Indian journal of veterinary science and animal husbandry - Volumes 26-27, 1956-1957
Year: 1956
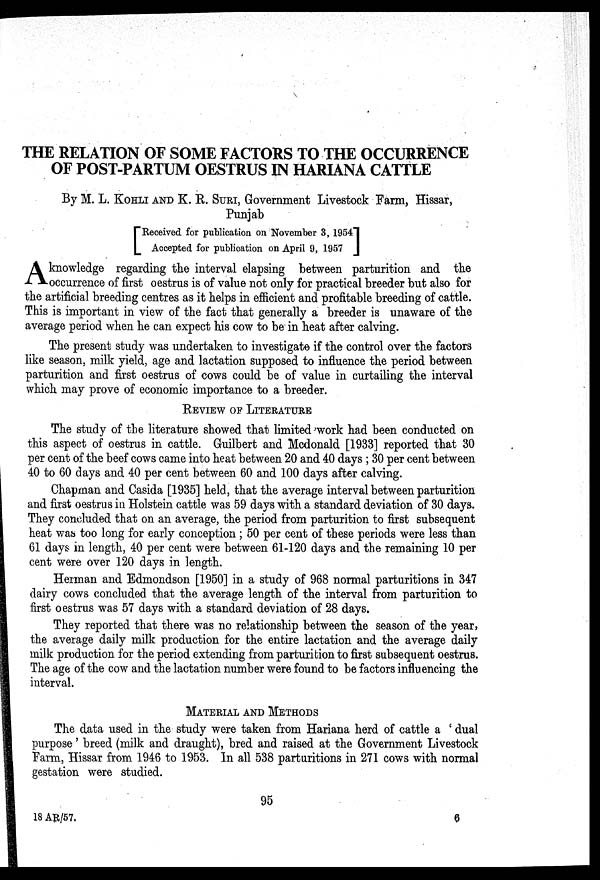
THE RELATION OF SOME FACTORS TO THE OCCURRENCE
OF POST-PARTUM OESTRUS IN HARIANA CATTLE
By M. L. KOHLI AND K. R. SURI, Government Livestock Farm, Hissar,
Punjab
[Received for publication on November 3, 1954
Accepted for publication on April 9,
1957]
A knowledge regarding the interval elapsing between parturition and the
occurrence of first oestrus is of value not only for practical breeder but also for
the artificial breeding centres as it helps in efficient and profitable breeding of cattle.
This is important in view of the fact that generally a breeder is unaware of the
average period when he can expect his cow to be in heat after calving.
The present study was undertaken to investigate if the control over the factors
like season, milk yield, age and lactation supposed to influence the period between
parturition and first oestrus of cows could be of value in curtailing the interval
which may prove of economic importance to a breeder.
REVIEW OF LITERATURE
The study of the literature showed that limited work had been conducted on
this aspect of oestrus in cattle. Guilbert and Mcdonald [1933] reported that 30
per cent of the beef cows came into heat between 20 and 40 days ; 30 per cent between
40 to 60 days and 40 per cent between 60 and 100 days after calving.
Chapman and Casida [1935] held, that the average interval between parturition
and first oestrus in Holstein cattle was 59 days with a standard deviation of 30 days.
They concluded that on an average, the period from parturition to first subsequent
heat was too long for early conception ; 50 per cent of these periods were less than
61 days in length, 40 per cent were between 61-120 days and the remaining 10 per
cent were over 120 days in length.
Herman and Edmondson [1950] in a study of 968 normal parturitions in 347
dairy cows concluded that the average length of the interval from parturition to
first oestrus was 57 days with a standard deviation of 28 days.
They reported that there was no relationship between the season of the year,
the average daily milk production for the entire lactation and the average daily
milk production for the period extending from parturition to first subsequent oestrus.
The age of the cow and the lactation number were found to be factors influencing the
interval.
MATERIAL AND METHODS The data used in the study were taken from Hari
purpose' breed (milk and draught), bred and raised at the Government Livestock
Farm, Hissar from 1946 to 1953. In all 538 parturitions in 271 cows with normal
gestation were studied.
95
18 AR/57.
6